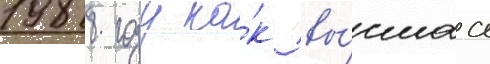
1988 году ка́к вы́сшаа